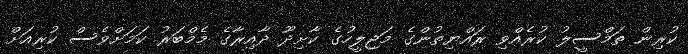
ކުރިން ތަމްސީލު ކުރެއްވި ރައްޔިތުންގެ މަޖިލީހުގެ ކާށިދޫ ދާއިރާގެ މެމްބަރު ކަމަށްވެސް ކުރިއަށް